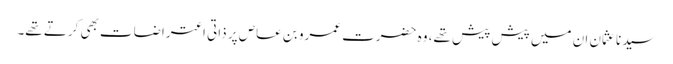
سیدنا عثمان ان میں پیش پیش تھے، وہ حضرت عمرو بن عاص پر ذاتی اعتراضات بھی کرتے تھے۔